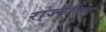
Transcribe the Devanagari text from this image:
रा्ज्नैतिक